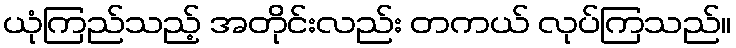
ယုံကြည်သည့် အတိုင်းလည်း တကယ် လုပ်ကြသည်။